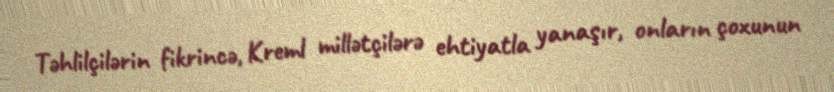
Təhlilçilərin fikrincə, Kreml millətçilərə ehtiyatla yanaşır, onların çoxunun